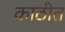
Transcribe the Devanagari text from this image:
काठीत